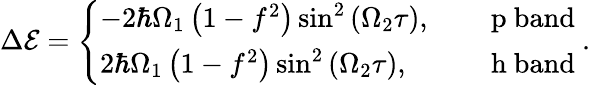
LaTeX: \begin{array}{r}{\Delta{\cal E}=\left\{ \begin{array}{ll}{-2\hbar\Omega_{1}\left(1-f^{2}\right)\sin^{2}\left(\Omega_{2}\tau\right),}&{\quad\mathrm{~p~band~}}\\ {2\hbar\Omega_{1}\left(1-f^{2}\right)\sin^{2}\left(\Omega_{2}\tau\right),}&{\quad\mathrm{~h~band~}}\end{array}\right..}\end{array}